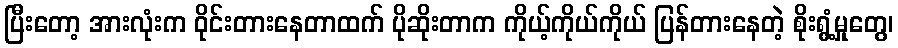
ပြီးတော့ အားလုံးက ဝိုင်းတားနေတာထက် ပိုဆိုးတာက ကိုယ့်ကိုယ်ကိုယ် ပြန်တားနေတဲ့ စိုးရွံ့မှုတွေ၊